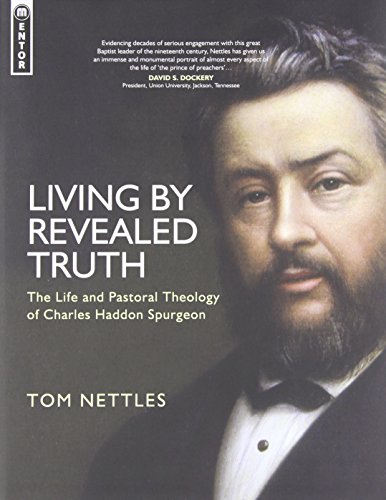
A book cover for Living By Revealed Truth: The Life and Pastoral Theology of Charles Haddon Spurgeon; Tom Nettles; Christian Books & Bibles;